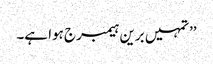
’’تمہیں برین ہیمبرج ہوا ہے۔